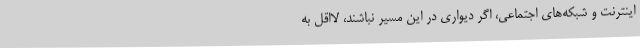
اینترنت و شبکه‌های اجتماعی، اگر دیواری در این مسیر نباشند، لااقل به